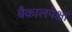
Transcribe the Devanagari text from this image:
बैकालपेक्षा